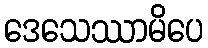
ဒေသေဿာမိပေ